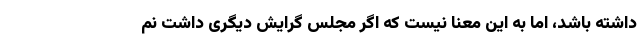
داشته باشد،‌ اما به این معنا نیست که اگر مجلس گرایش دیگری داشت نم